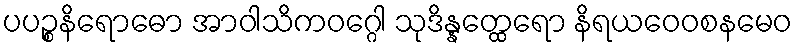
ပပဉ္စနိရောဓော အာဝါသိကဝဂ္ဂေါ သုဒိန္နတ္ထေရော နိရယဝေဝစနမေဝ